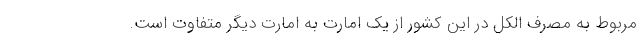
مربوط به مصرف الکل در این کشور از یک امارت به امارت دیگر متفاوت است.